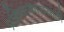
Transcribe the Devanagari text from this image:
प्रक्रियाकारासाठी